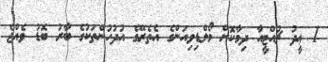
1 ޢީދު ޗުއްޓީއާ ދިމާކޮށް މޯލްޑިވިއަންގެ އެތެރޭގެ އުދުހުންތަކުގެ ބާރު ބޮޑު ވެއްޖެ